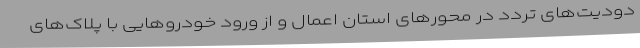
دودیت‌های تردد در محورهای استان اعمال و از ورود خودروهایی با پلاک‌های